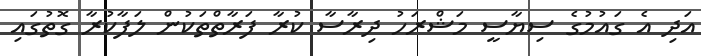
އަދި އެ ގައުމުގެ ސިޔާސީ މަޝްރަހު ދިރާސާ ކުރާ ފަރާތްތަކުން ލަފާކުރާ ގޮތުގައި